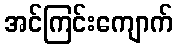
အင်ကြင်းကျောက်